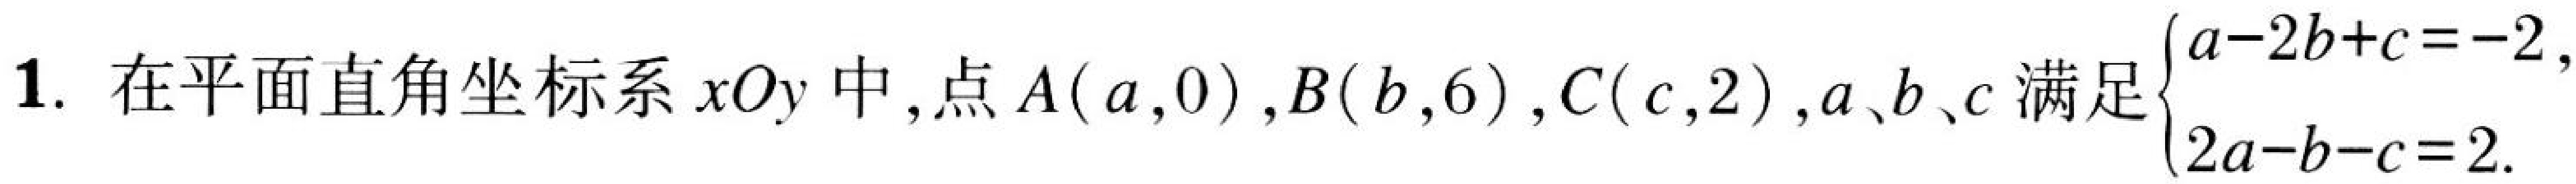
1. 在平面直角坐标系$xOy$中,点$A(a,0)$,$B(b,6)$,$C(c,2)$,$a、b、c$满足$\begin{cases}a - 2b + c = - 2,\\2a - b - c = 2.\end{cases}$